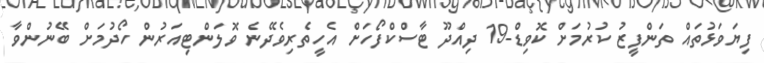
ފިޔަވަޅުތައް ތަންފީޒު ކުރުމަށް ކޮވިޑް-19 ދިއްދޫ ޓާސްކްފޯހަށް އެހީތެރިވެދޭނެ ވޮލަންޓިއަރުން ހޯދުމަށް ބޭނުންވާ